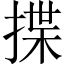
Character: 揲